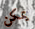
يمكن